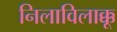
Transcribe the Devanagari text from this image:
निलाविलाक्कू